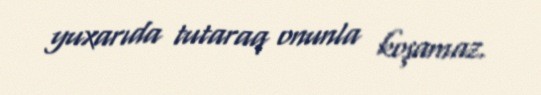
yuxarıda tutaraq onunla koşamaz.